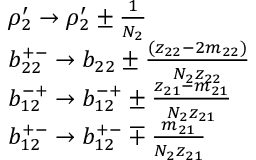
\begin{array} { r l } & { \rho _ { 2 } ^ { \prime } \rightarrow \rho _ { 2 } ^ { \prime } \pm \frac { 1 } { N _ { 2 } } } \\ & { b _ { 2 2 } ^ { + - } \rightarrow b _ { 2 2 } \pm \frac { ( z _ { 2 2 } - 2 m _ { 2 2 } ) } { N _ { 2 } z _ { 2 2 } } } \\ & { b _ { 1 2 } ^ { - + } \rightarrow b _ { 1 2 } ^ { - + } \pm \frac { z _ { 2 1 } - m _ { 2 1 } } { N _ { 2 } z _ { 2 1 } } } \\ & { b _ { 1 2 } ^ { + - } \rightarrow b _ { 1 2 } ^ { + - } \mp \frac { m _ { 2 1 } } { N _ { 2 } z _ { 2 1 } } } \end{array}